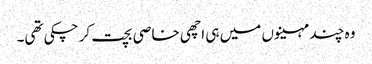
وہ چند مہینوں میں ہی اچھی خاصی بچت کر چکی تھی۔